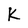
Character: K